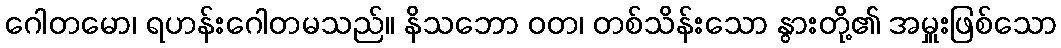
ဂေါတမော၊ ရဟန်းဂေါတမသည်။ နိသဘော ဝတ၊ တစ်သိန်းသော နွားတို့၏ အမှူးဖြစ်သော